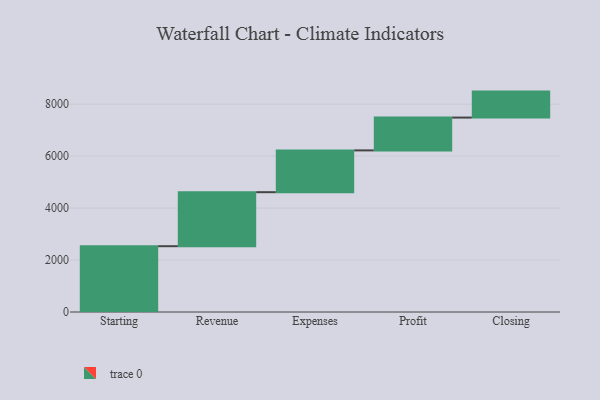
{"axis": {"x": "Step", "y": "Value"}, "legend": [""], "data": [{"x": "Starting", "y": 2533.0, "type": ""}, {"x": "Revenue", "y": 2079.0, "type": ""}, {"x": "Expenses", "y": 1609.0, "type": ""}, {"x": "Profit", "y": 1263.0, "type": ""}, {"x": "Closing", "y": 1000, "type": ""}]}